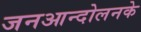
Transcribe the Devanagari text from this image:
जनआन्दोलनके